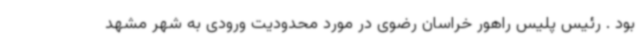
بود . رئیس پلیس راهور خراسان رضوی در مورد محدودیت ورودی به شهر مشهد